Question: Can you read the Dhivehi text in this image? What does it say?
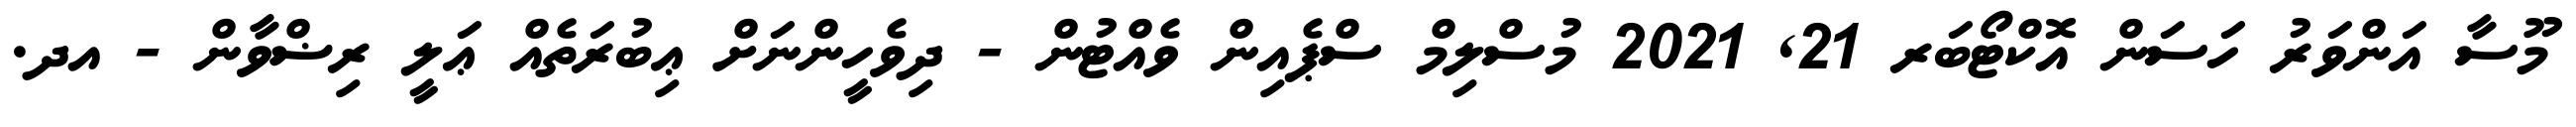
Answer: މޫސާ އަންވަރު ހަސަން އޮކްޓޯބަރ 21, 2021 މުސްލިމް ސްޕެއިން ވެއްޓުން - ދިވެހީންނަށް ޢިބުރަތެއް ޢަލީ ރިޟްވާން - އދ.